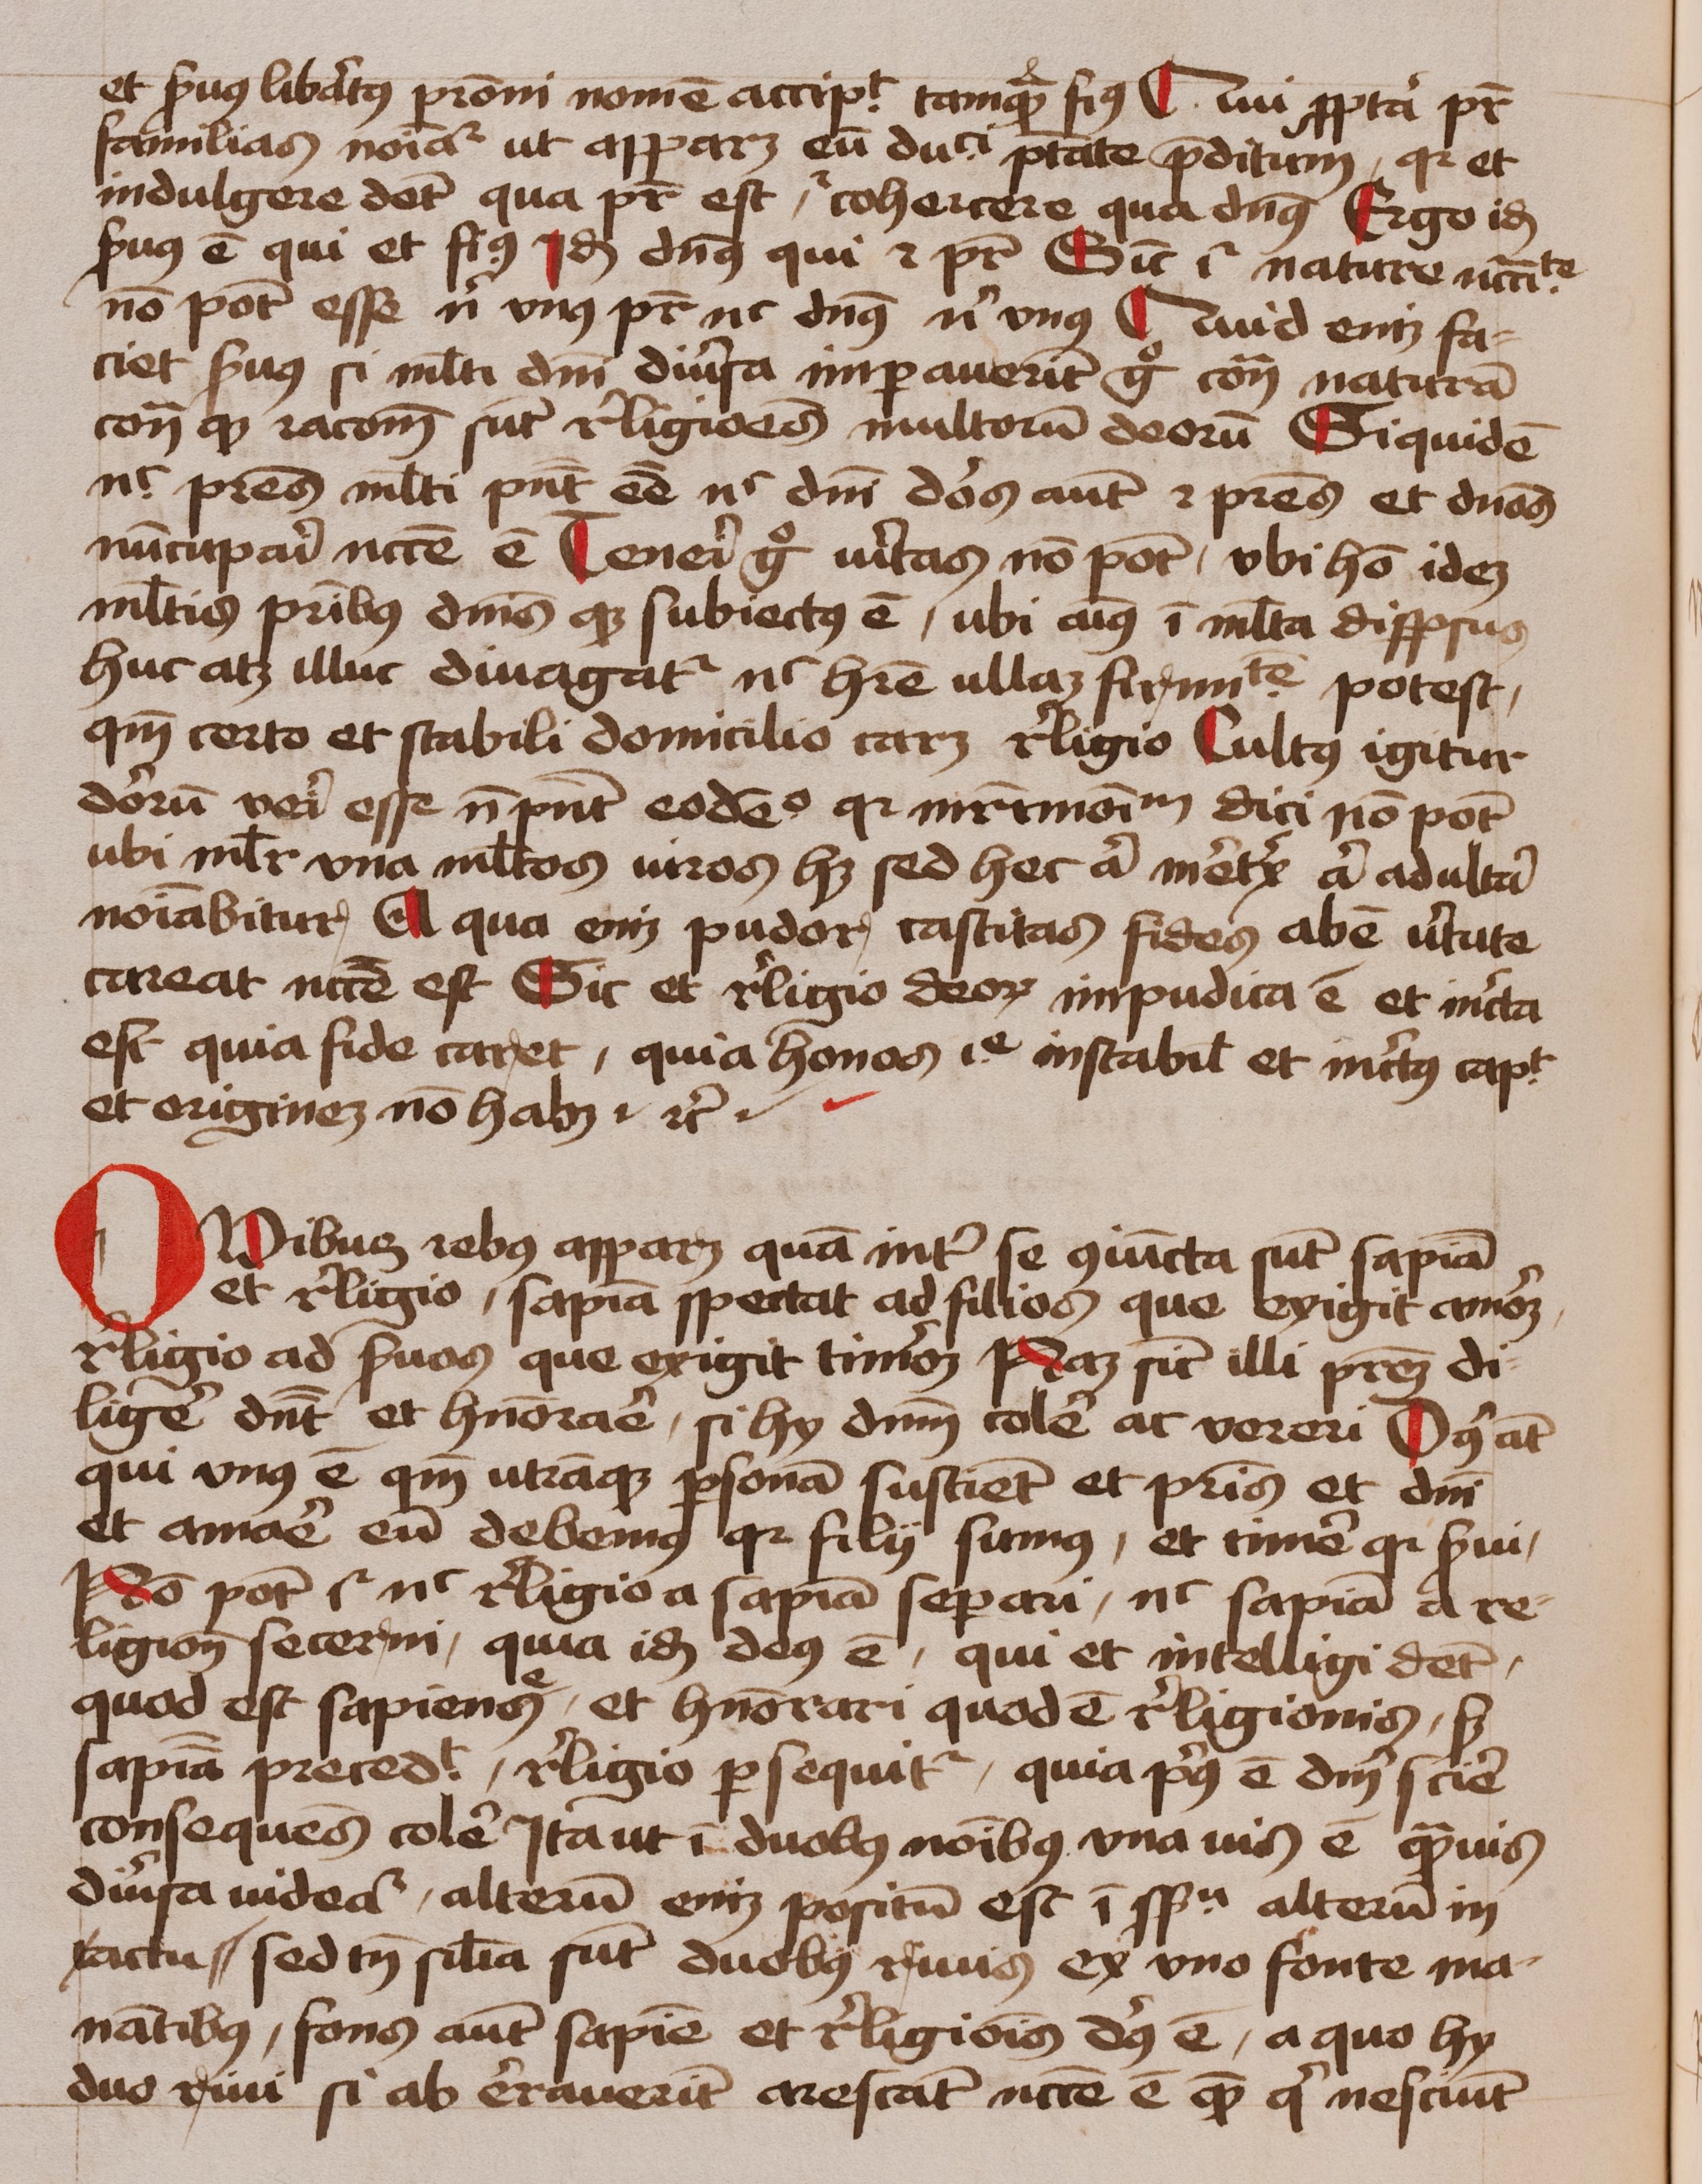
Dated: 1450–1474